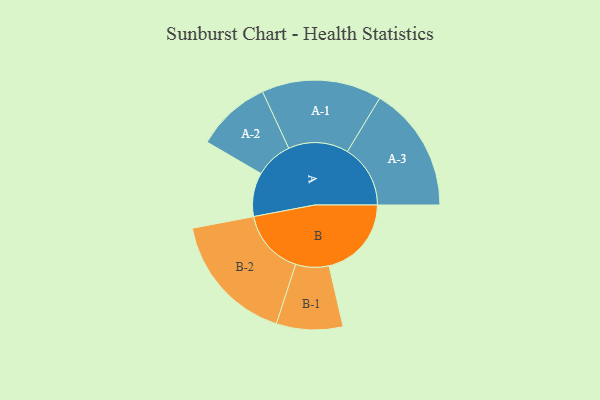
{"axis": {"x": "Segment", "y": "Value"}, "legend": ["", "A", "B"], "data": [{"x": "A", "y": 149, "type": ""}, {"x": "B", "y": 280, "type": ""}, {"x": "A-1", "y": 204, "type": "A"}, {"x": "A-2", "y": 127, "type": "A"}, {"x": "A-3", "y": 214, "type": "A"}, {"x": "B-1", "y": 113, "type": "B"}, {"x": "B-2", "y": 223, "type": "B"}]}